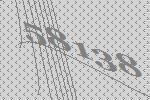
58138